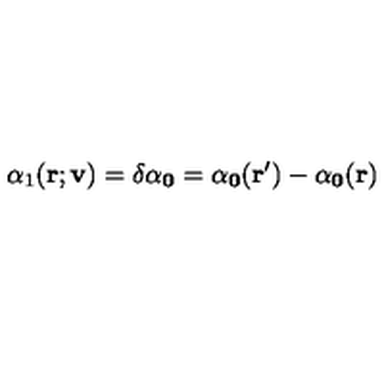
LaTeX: \alpha _ { 1 } ( \bf { r ; v } ) = \delta \alpha _ { 0 } = \alpha _ { 0 } ( { \bf r ^ { \prime } } ) - \alpha _ { 0 } ( { \bf r } )